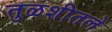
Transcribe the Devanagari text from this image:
तुळशीतले